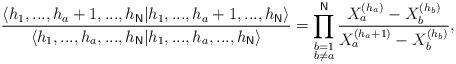
LaTeX: \begin{align*}\frac{\langle h_{1},...,h_{a}+1,...,h_{\mathsf{N}}|h_{1},...,h_{a}+1,...,h_{\mathsf{N}}\rangle }{\langle h_{1},...,h_{a},...,h_{\mathsf{N}}|h_{1},...,h_{a},...,h_{\mathsf{N}}\rangle }=\prod_{\substack{ b=1 \\ b\neq a}}^{\mathsf{N}}\frac{X_{a}^{(h_{a})}-X_{b}^{(h_{b})}}{X_{a}^{(h_{a}+1)}-X_{b}^{(h_{b})}}, \end{align*}